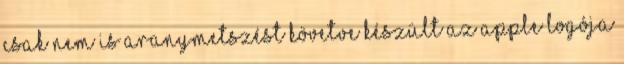
csak nem is aranymetszést követve készült az Apple logója